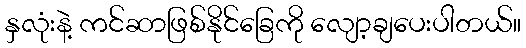
နှလုံးနဲ့ ကင်ဆာဖြစ်နိုင်ခြေကို လျော့ချပေးပါတယ်။